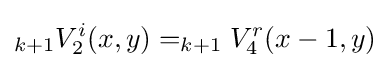
_{k+1}V_{2}^{i}(x,y)=_{k+1}V_{4}^{r}(x-1,y)